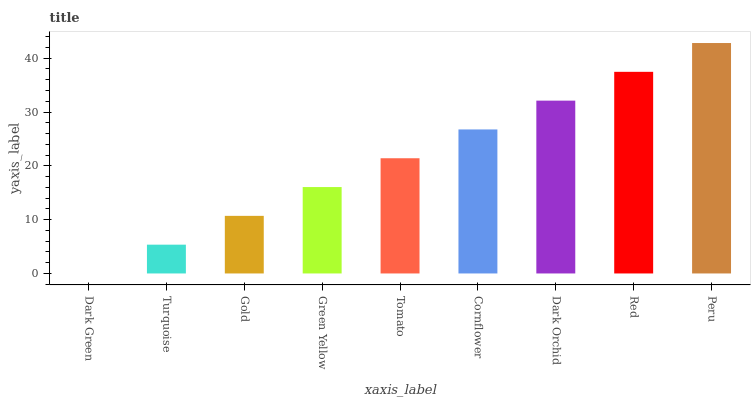
| xaxis_label | bars |
 | --- | --- |
 | Dark Green | 0 |
 | Turquoise | 5.35 |
 | Gold | 10.7 |
 | Green Yellow | 16.1 |
 | Tomato | 21.4 |
 | Cornflower | 26.8 |
 | Dark Orchid | 32.1 |
 | Red | 37.5 |
 | Peru | 42.8 |